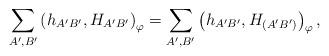
LaTeX: \begin{align*}\sum_{A',B'} \left( h_{A'B'} ,{H_{ A' B' }}\right)_{ \varphi } = \sum_{A',B'} \left( h_{A'B'} , {H_{(A' B') }}\right)_{ \varphi } , \end{align*}